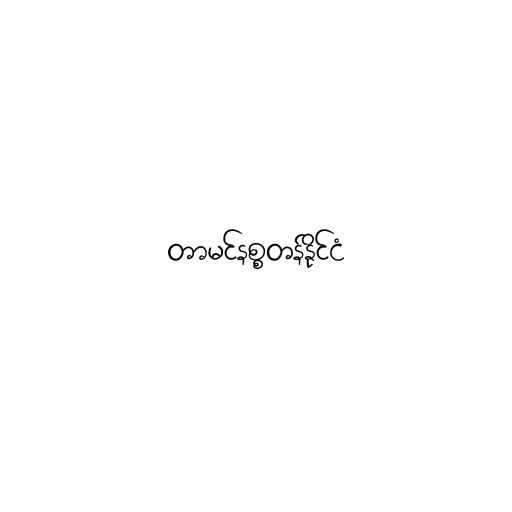
တာမင်နစ္စတန်နိုင်ငံ